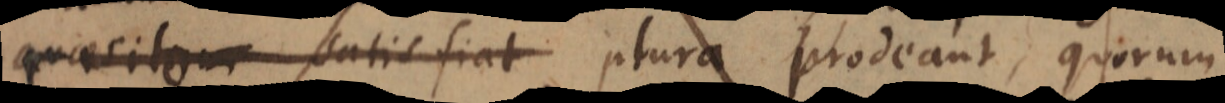
quaesito satisfiat plura prodeant, quorum